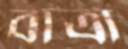
বাত্রা